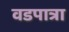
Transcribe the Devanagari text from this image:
वडपात्रा